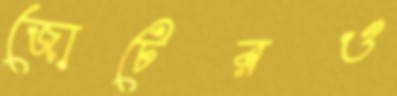
জোটেরও